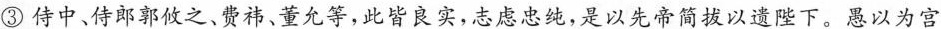
③侍中、侍郎郭攸之、费祎、董允等，此皆良实，志虑忠纯，是以先帝简拔以遗陛下。愚以为宫